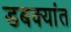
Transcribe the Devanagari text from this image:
डबक्यांत